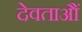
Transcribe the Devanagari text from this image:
देवताऔं